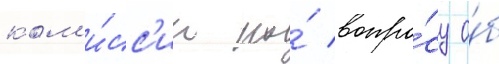
ком'и́сс'ии по́ вопро́су о́б